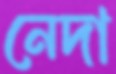
নেদা